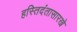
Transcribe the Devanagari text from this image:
हस्तिदंतासारखे